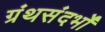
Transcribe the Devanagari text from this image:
ग्रंथसंदर्भों